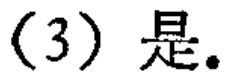
(3) 是。